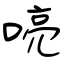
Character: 喨